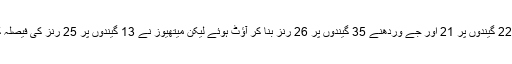
کمار سنگاکارا 22 گیندوں پر 21 اور جے وردھنے 35 گیندوں پر 26 رنز بنا کر آؤٹ ہوئے لیکن میتھیوز نے 13 گیندوں پر 25 رنز کی فیصلہ کن اننگز کھیلی۔